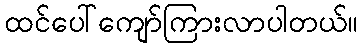
ထင်ပေါ်ကျော်ကြားလာပါတယ်။